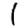
Digit: 1